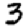
Digit: 3